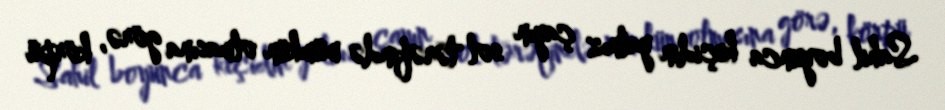
Sahil boyunca keçidin yalnız çayın sol tərəfində mümkün olmasına görə, körpü